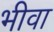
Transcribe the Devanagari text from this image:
भीवा